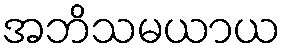
အဘိသမယာယ